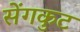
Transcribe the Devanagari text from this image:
सेंगकुट